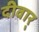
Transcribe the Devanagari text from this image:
दीवार्